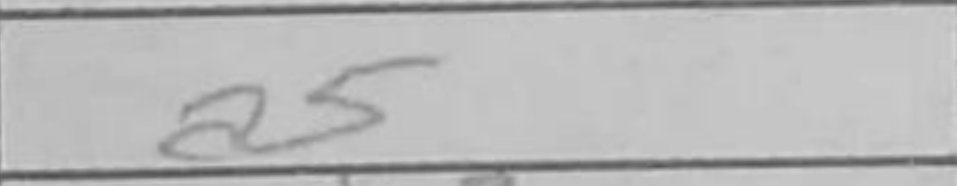
Transcription: a5